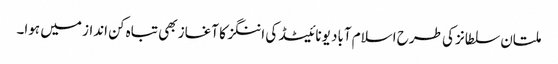
ملتان سلطانز کی طرح اسلام آباد یونائیٹڈ کی اننگز کا آغاز بھی تباہ کن انداز میں ہوا۔